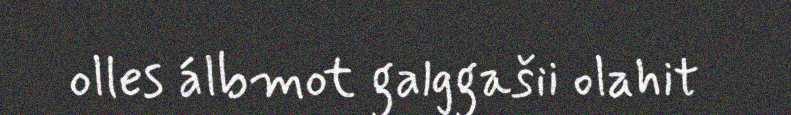
olles álbmot galggašii olahit